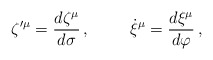
\begin{align*}\zeta{^{\prime\mu}}={d \zeta^\mu\over d\sigma}\, ,\hskip 1 cm\dot \xi{^\mu}={d \xi^\mu\over d\varphi}\, ,\end{align*}